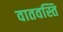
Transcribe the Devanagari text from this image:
वातवस्ति